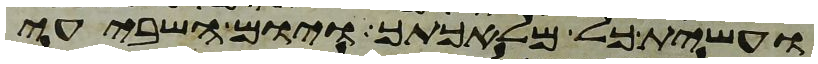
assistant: ועשית כל מלאכתך ויום השביעי